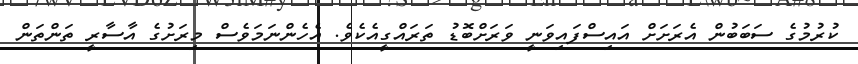
ކުރުމުގެ ސަބަބުން އެރަށަށް އައިސްފައިވަނީ ވަރަށްބޮޑު ތަރައްގީއެކެވެ. އެހެންނަމަވެސް މިރަށުގެ އާސާރީ ތަންތަން